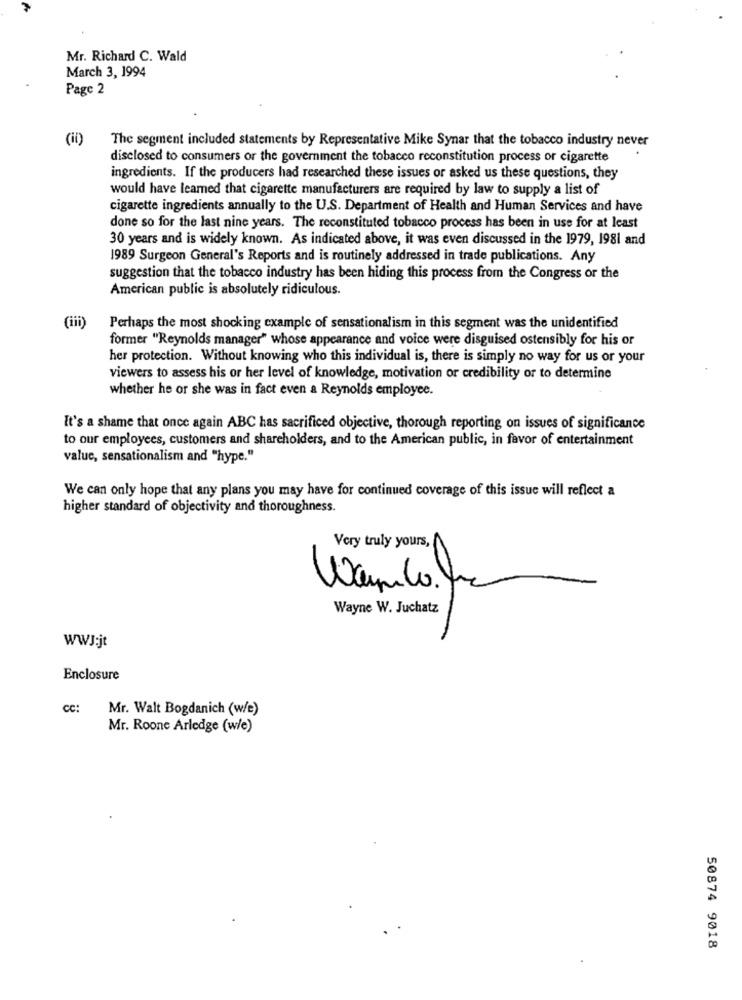
Mr. Richard C. Wald
March 3, 1994
Page 2
(il)
The segment included statements by Representative Mike Synar that the tobacco industry never
disclosed to consumers or the government the tobacco reconstitution process or cigarette
ingredients. If the producers had researched these issues or asked us these questions, they
would have learned that cigarette manufacturers are required by law to supply a list of
cigarette ingredients annually to the U.S. Department of Health and Human Services and have
done so for the last nine years. The reconstituted tobacco process has been in use for at least
30 years and is widely known. As indicated above, it was even discussed in the 1979, 1981 and
1989 Surgeon General's Reports and is routinely addressed in trade publications. Any
suggestion that the tobacco industry has been hiding this process from the Congress or the
American public is absolutely ridiculous.
(iii)
Perhaps the most shocking example of sensationalism in this segment was the unidentified
former "Reynolds manager" whose appearance and voice were disguised ostensibly for his or
her protection. Without knowing who this individual is, there is simply no way for us or your
viewers to assess his or her level of knowledge, motivation or credibility or to determine
whether he or she was in fact even a Reynolds employee.
It's a shame that once again ABC has sacrificed objective, thorough reporting on issues of significance
to our employees, customers and shareholders, and to the American public, in favor of entertainment
valuc, sensationalism and "hype."
We can only hope that any plans you may have for continued coverage of this issue will reflect a
higher standard of objectivity and thoroughness.
Very truly yours,
Wando. fr
Wayne W. Juchatz
WWJ:jt
Enclosure
CC:
Mr. Walt Bogdanich (w/e)
Mr. Roone Arledge (w/e)
50874 9018